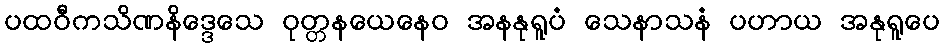
ပထဝီကသိဏနိဒ္ဒေသေ ဝုတ္တနယေနေဝ အနနုရူပံ သေနာသနံ ပဟာယ အနုရူပေ